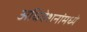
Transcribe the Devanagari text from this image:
अधिवेशनांमध्ये